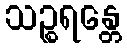
သဉ္စရန္တေ